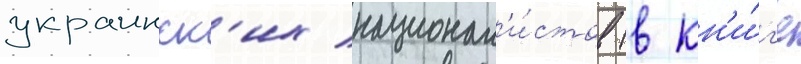
украинск'их национал'и́стов (в кн'и́г'е